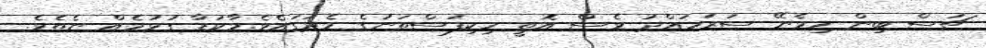
ޗަސް ބިން ހިމެނޭ ސަރަހައްދު ވެސް އޮތީ ހިކިފަސްތަނުގެ މެދުގައެވެ.މާކަޑާ ގުޅުމެއް ނެތެވެ.